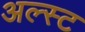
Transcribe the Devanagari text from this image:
अल्स्ट